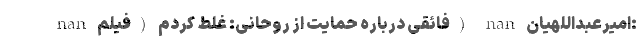
nan فائقی درباره حمایت از روحانی: غلط کردم (فیلم) nan امیرعبداللهیان: